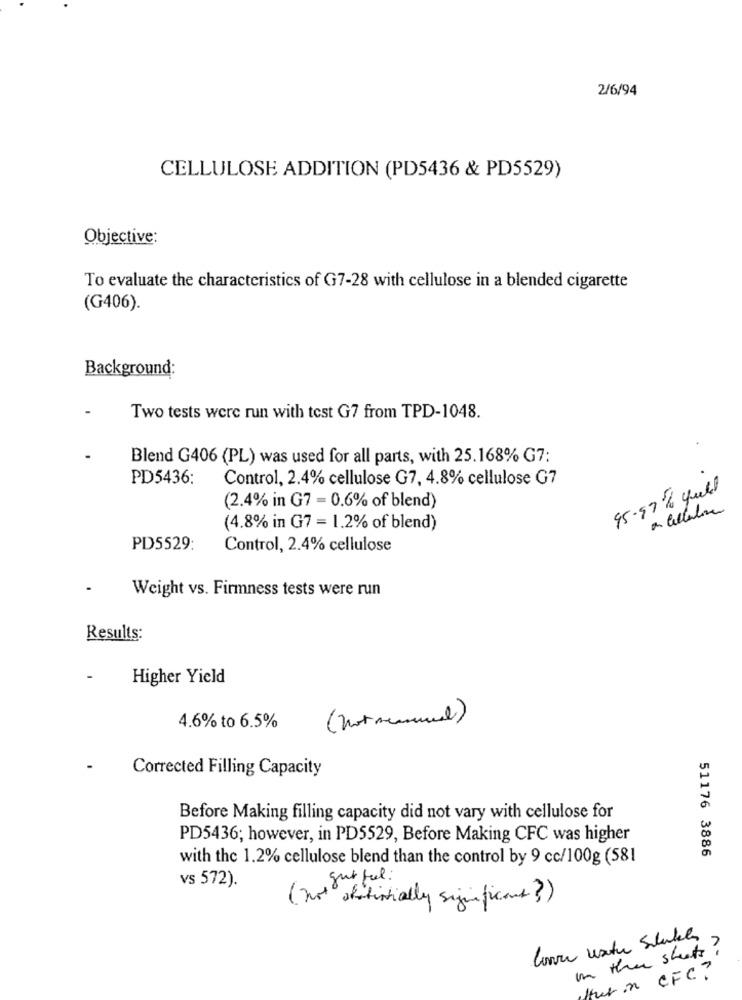
2/6/94
CELLULOSE ADDITION (PD5436 & PD5529)
Objective:
To evaluate the characteristics of G7-28 with cellulose in a blended cigarette
(G406).
Background:
Two tests were run with test G7 from TPD-1048.
Blend G406 (PL) was used for all parts, with 25.168% G7:
PD5436:
Control, 2.4% cellulose G7, 4.8% cellulose G7
95.97% quell
(2.4% in G7 = 0.6% of blend)
on Cellulosa
(4.8% in G7 = 1.2% of blend)
PD5529:
Control, 2.4% cellulose
Weight vs. Firmness tests were run
Results:
-
Higher Yield
4.6% to 6.5%
Corrected Filling Capacity
Before Making filling capacity did not vary with cellulose for
PD5436; however, in PD5529, Before Making CFC was higher
51176 3886
with the 1.2% cellulose blend than the control by 9 cc/100g (581
gut ful:
vs 572).
" abitinitially significant? )
in the sheets ?
Her in CFC ?